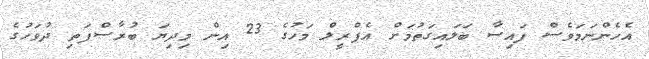
އެހެންނަމަވެސް ފައިސާ ބަލައިގަތުމަށް އެޕްރީލް މަހުގެ 23 އިން މިދިޔަ ބުރާސްފަތި ދުވަހުގެ